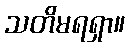
သတိမရရှာ။